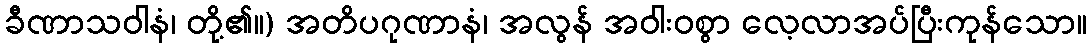
ခီဏာသဝါနံ၊ တို့၏။) အတိပဂုဏာနံ၊ အလွန် အဝါးဝစွာ လေ့လာအပ်ပြီးကုန်သော။